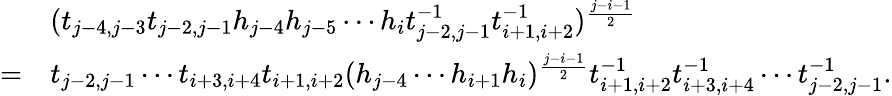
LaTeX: \begin{array}{rl}&{(t_{j-4,j-3}t_{j-2,j-1}h_{j-4}h_{j-5}\cdots h_{i}t_{j-2,j-1}^{-1}t_{i+1,i+2}^{-1})^{\frac{j-i-1}{2}}}\\ {=}&{t_{j-2,j-1}\cdots t_{i+3,i+4}t_{i+1,i+2}(h_{j-4}\cdots h_{i+1}h_{i})^{\frac{j-i-1}{2}}t_{i+1,i+2}^{-1}t_{i+3,i+4}^{-1}\cdots t_{j-2,j-1}^{-1}.}\end{array}